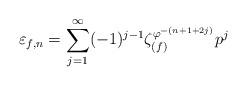
LaTeX: \begin{align*}\varepsilon_{f, n} = \sum_{j = 1}^{\infty} (-1)^{j-1} \zeta_{(f)}^{\varphi^{-(n + 1 + 2j)}} p^j\end{align*}